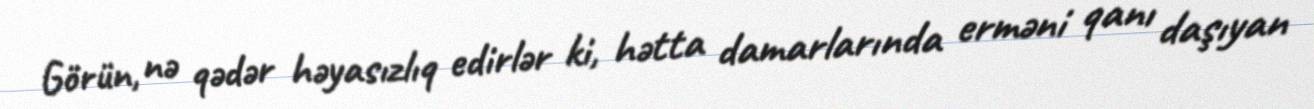
Görün, nə qədər həyasızlıq edirlər ki, hətta damarlarında erməni qanı daşıyan